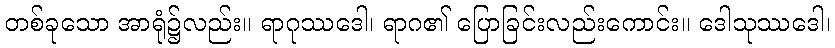
တစ်ခုသော အာရုံ၌လည်း။ ရာဂုဿဒေါ၊ ရာဂ၏ ပြောခြင်းလည်းကောင်း။ ဒေါသုဿဒေါ၊